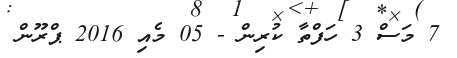
7 މަސް 3 ހަފްތާ ކުރިން - 05 މެއި 2016 ޕްރޫން